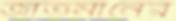
জাতমানের